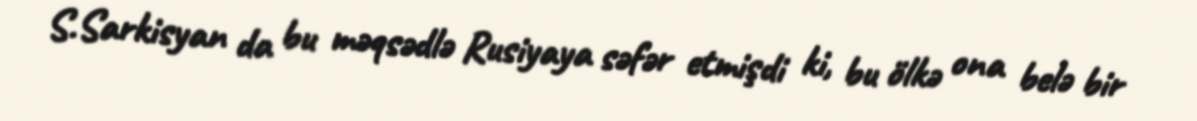
S.Sarkisyan da bu məqsədlə Rusiyaya səfər etmişdi ki, bu ölkə ona belə bir